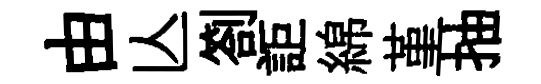
由亾劄詎綿堇抽